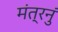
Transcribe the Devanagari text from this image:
मंत्रनुं